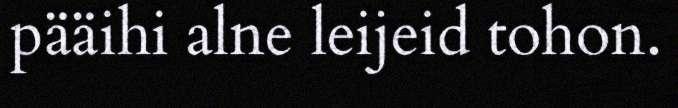
pääihi alne leijeid tohon.